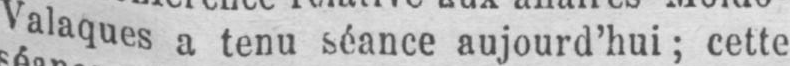
Valaques a tenu séance aujourd’hui; cette